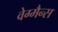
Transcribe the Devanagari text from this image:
वेग्मैन्स